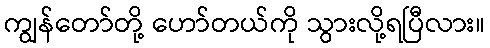
ကျွန်တော်တို့ ဟော်တယ်ကို သွားလို့ရပြီလား။